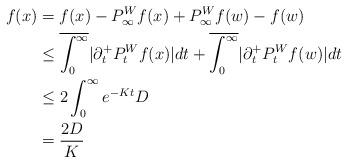
LaTeX: \begin{align*}f(x) &= f(x) - P_\infty^W f(x) + P_\infty^W f(w) - f(w) \\&\leq \overline{\int_0^\infty} |\partial_t^+ P_t^W f(x)| dt + \overline{\int_0^\infty} |\partial_t^+ P_t^W f(w)| dt \\&\leq 2 \int_0^\infty e^{-Kt} D \\&= \frac {2D}K\end{align*}